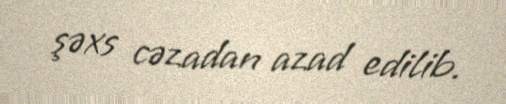
şəxs cəzadan azad edilib.